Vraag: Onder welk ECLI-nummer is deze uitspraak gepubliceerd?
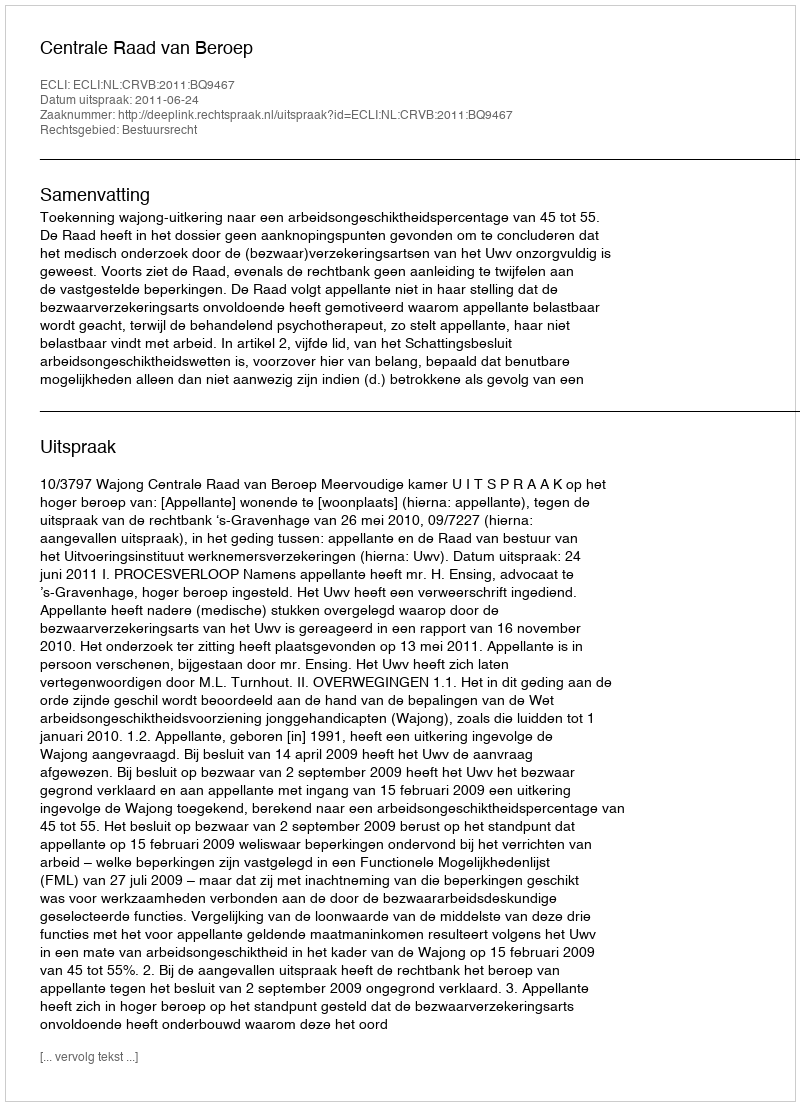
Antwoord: ECLI:NL:CRVB:2011:BQ9467